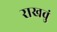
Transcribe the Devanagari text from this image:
राखवुं